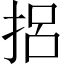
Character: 捛